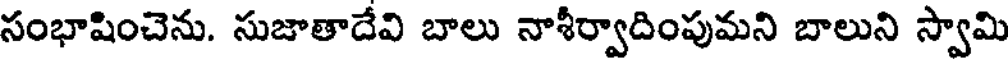
సంభాషించెను. సుజాతాదేవి బాలు నాశీర్వాదింపుమని బాలుని స్వామి